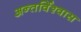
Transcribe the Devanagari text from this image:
अन्तर्विश्वास